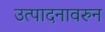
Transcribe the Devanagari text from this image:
उत्पादनावरुन